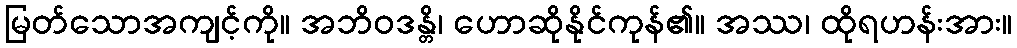
မြတ်သောအကျင့်ကို။ အဘိဝဒန္တိ၊ ဟောဆိုနိုင်ကုန်၏။ အဿ၊ ထိုရဟန်းအား။